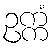
ဥက္ကံ